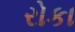
રોકા